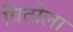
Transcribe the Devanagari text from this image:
विटोला